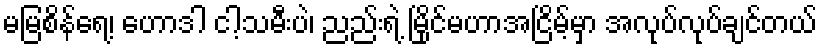
မမြစိန်ရေ့၊ ဟောဒါ ငါ့သမီးပဲ၊ ညည်းရဲ့ မြိုင်မဟာအငြိမ့်မှာ အလုပ်လုပ်ချင်တယ်